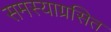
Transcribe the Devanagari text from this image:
समस्याग्रसित